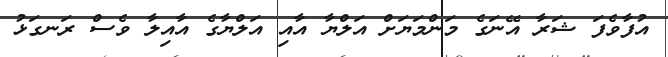
އުފާވެފަ ޝަރާ އޭނަގެ މަންމަޔަށް އަލްޔާ އާއި އަލްޔާގެ އާއިލާ ވެސް ރަނގަޅު